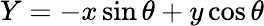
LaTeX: Y=-x\sin\theta+y\cos\theta